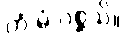
တွံ မံ ဂစ္ဆသိ။